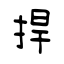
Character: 捍